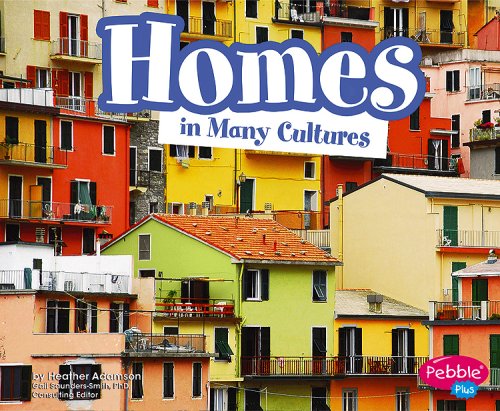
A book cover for Homes in Many Cultures (Life Around the World); Heather Adamson; Children's Books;